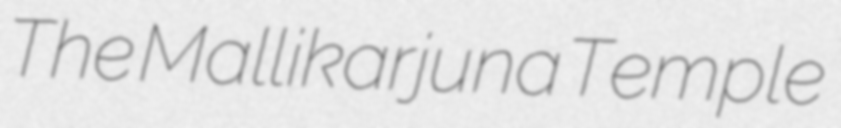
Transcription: The Mallikarjuna Temple